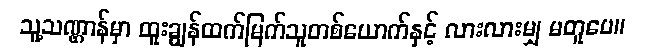
သူ့သဏ္ဌာန်မှာ ထူးချွန်ထက်မြက်သူတစ်ယောက်နှင့် လားလားမျှ မတူပေ။